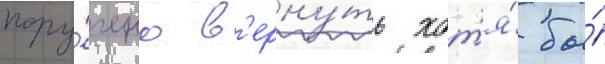
пору́чено в'ерну́ть хот'я́ бы́